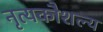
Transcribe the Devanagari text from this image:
नृत्यकौशल्य